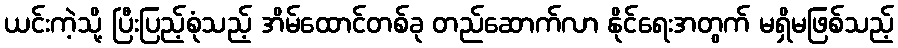
ယင်းကဲ့သို့ ပြီးပြည့်စုံသည့် အိမ်ထောင်တစ်ခု တည်ဆောက်လာ နိုင်ရေးအတွက် မရှိမဖြစ်သည့်